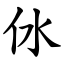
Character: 㲻